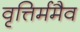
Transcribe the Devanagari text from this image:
वृत्तिर्ममैव